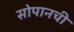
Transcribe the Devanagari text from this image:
सोपानची